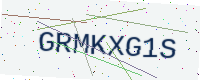
Text: GRMKXG1S